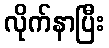
လိုက်နာပြီး